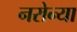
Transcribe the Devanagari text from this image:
नरोन्या